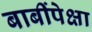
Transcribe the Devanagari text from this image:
बाबींपेक्षा